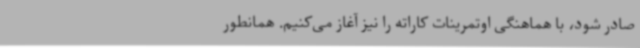
صادر شود، با هماهنگی اوتمرینات کاراته را نیز آغاز می‌کنیم. همانطور